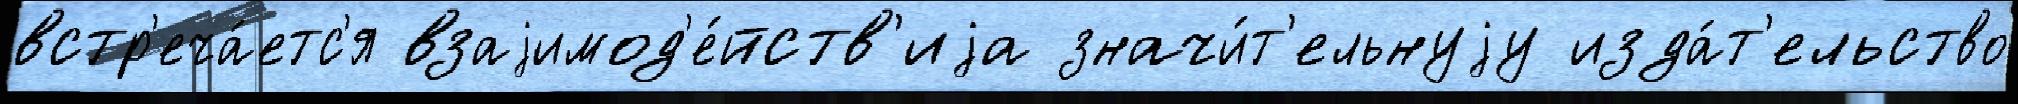
встр'еча́етс'я взаjимод'е́йств'иjа значи́т'ельнуjу изда́т'ельство